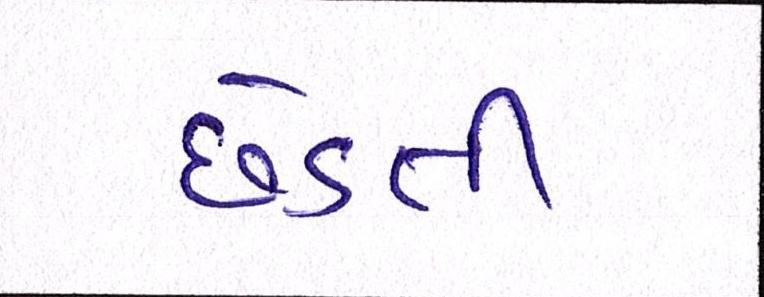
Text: છેડતી